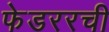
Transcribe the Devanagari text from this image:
फेडररची